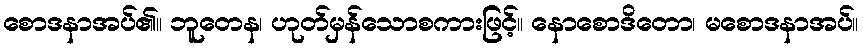
စောဒနာအပ်၏။ ဘူတေန၊ ဟုတ်မှန်သောစကားဖြင့်။ နောစောဒိတော၊ မစောဒနာအပ်။